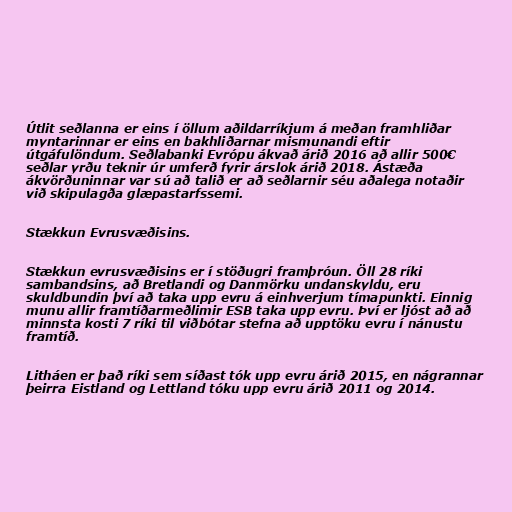
Útlit seðlanna er eins í öllum aðildarríkjum á meðan framhliðar
myntarinnar er eins en bakhliðarnar mismunandi eftir
útgáfulöndum. Seðlabanki Evrópu ákvað árið 2016 að allir 500€
seðlar yrðu teknir úr umferð fyrir árslok árið 2018. Ástæða
ákvörðuninnar var sú að talið er að seðlarnir séu aðalega notaðir
við skipulagða glæpastarfssemi.

Stækkun Evrusvæðisins.

Stækkun evrusvæðisins er í stöðugri framþróun. Öll 28 ríki
sambandsins, að Bretlandi og Danmörku undanskyldu, eru
skuldbundin því að taka upp evru á einhverjum tímapunkti. Einnig
munu allir framtíðarmeðlimir ESB taka upp evru. Því er ljóst að að
minnsta kosti 7 ríki til viðbótar stefna að upptöku evru í nánustu
framtíð.

Litháen er það ríki sem síðast tók upp evru árið 2015, en nágrannar
þeirra Eistland og Lettland tóku upp evru árið 2011 og 2014.